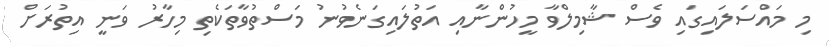
މި މައްސަލައިގައި ވެސް ޝާމިލްވާ މީހުންނާއި އަތުލައިގަނެވުނު މަސްތުވާތަކެތި މިހާރު ވަނީ އިތުރަށް